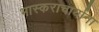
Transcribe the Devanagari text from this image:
भास्कराचार्याना